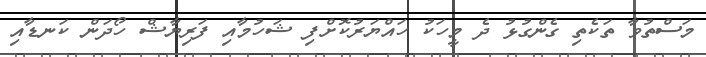
މަސްތުވާ ތަކެތި ގެންގުޅު ދެ މީހަކު ހައްޔަރުކޮށްފި ޝަހުމާއި ފަރިޔާޝް ހޯދަން ކަނޑާއި